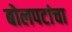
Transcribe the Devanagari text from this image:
बोलपटांचा